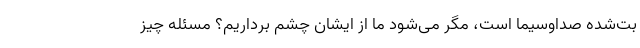
بت‌شده صداوسیما است، مگر می‌شود ما از ایشان چشم‌ برداریم؟ مسئله چیز